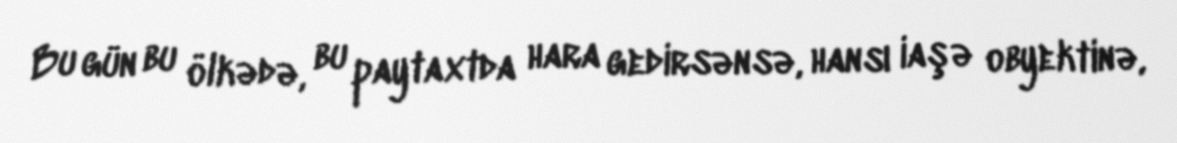
Bu gün bu ölkədə, bu paytaxtda hara gedirsənsə, hansı iaşə obyektinə,